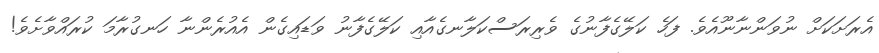
އެރަށަކަށް ނުވަންނާނޫއެވެ. ފަހެ ކަލޭގެފާނުގެ ވެރިރަސްކަލާނގެއާއި ކަލޭގެފާނު ވަޑައިގެން އެއުރެންނާ ހަނގުރާމަ ކުރައްވާށެވެ!